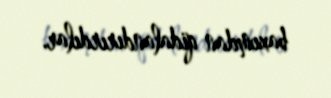
baxımdan qidalandırırdılar.